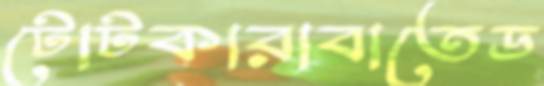
টোটকারাবাতেড